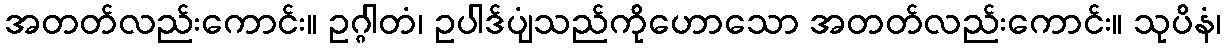
အတတ်လည်းကောင်း။ ဥဂ္ဂါတံ၊ ဥပါဒ်ပျံသည်ကိုဟောသော အတတ်လည်းကောင်း။ သုပိနံ၊